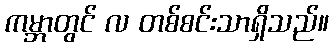
ကမ္ဘာတွင် လ တစ်စင်းသာရှိသည်။